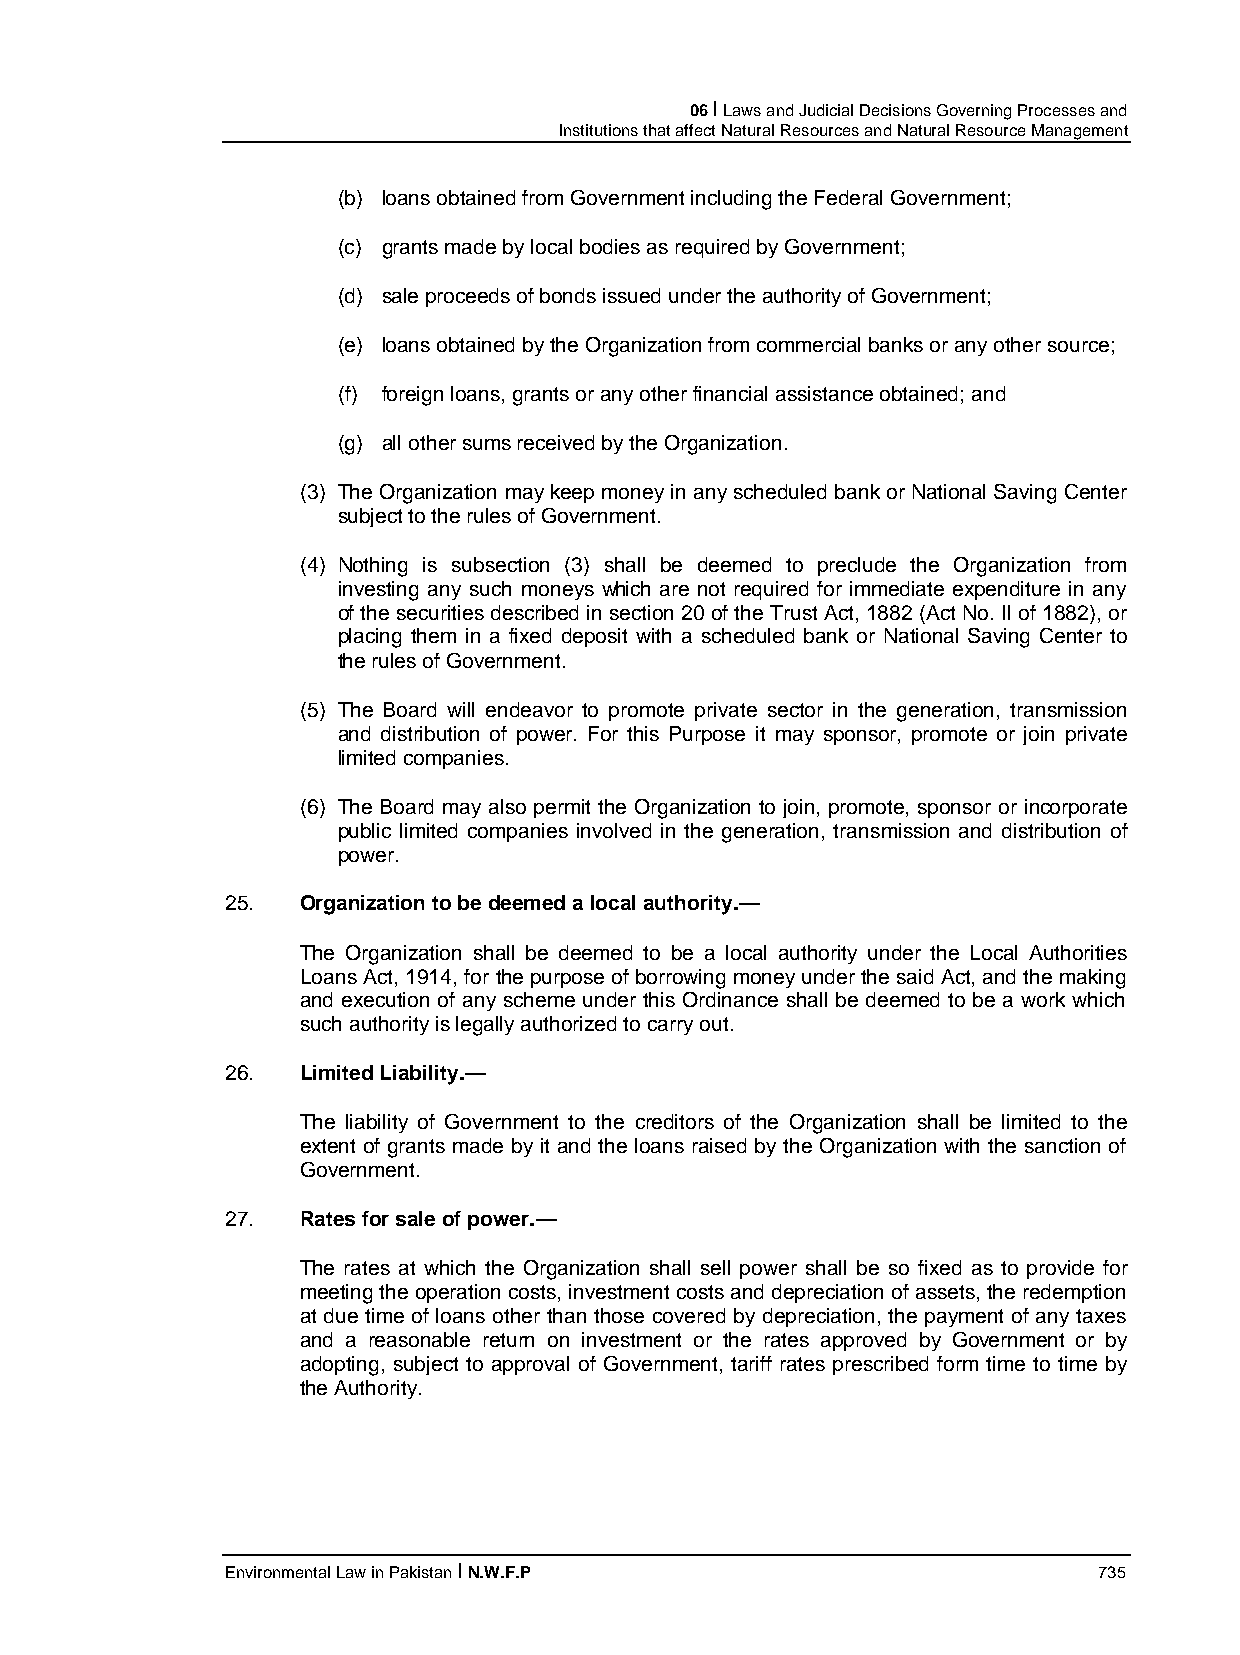
06 I Laws and Judicial Decisions Governing Processes and
 Institutions that affect Natural Resources and Natural Resource Management
 (b) loans obtained from Government including the Federal Government;
 (c) grants made by local bodies as required by Government;
 (d) sale proceeds of bonds issued under the authority of Government;
 (e) loans obtained by the Organization from commercial banks or any other source;
 (f) foreign loans, grants or any other financial assistance obtained; and
 (g) all other sums received by the Organization.
 (3) The Organization may keep money in any scheduled bank or National Saving Center
 subject to the rules of Government.
 (4) Nothing is subsection (3) shall be deemed to preclude the Organization from
 investing any such moneys which are not required for immediate expenditure in any
 of the securities described in section 20 of the Trust Act, 1882 (Act No. II of 1882), or
 placing them in a fixed deposit with a scheduled bank or National Saving Center to
 the rules of Government.
 (5) The Board will endeavor to promote private sector in the generation, transmission
 and distribution of power. For this Purpose it may sponsor, promote or join private
 limited companies.
 (6) The Board may also permit the Organization to join, promote, sponsor or incorporate
 public limited companies involved in the generation, transmission and distribution of
 power.
 25.  Organization to be deemed a local authority.—
 The Organization shall be deemed to be a local authority under the Local Authorities
 Loans Act, 1914, for the purpose of borrowing money under the said Act, and the making
 and execution of any scheme under this Ordinance shall be deemed to be a work which
 such authority is legally authorized to carry out.
 26.  Limited Liability.—
 The liability of Government to the creditors of the Organization shall be limited to the
 extent of grants made by it and the loans raised by the Organization with the sanction of
 Government.
 27.  Rates for sale of power.—
 The rates at which the Organization shall sell power shall be so fixed as to provide for
 meeting the operation costs, investment costs and depreciation of assets, the redemption
 at due time of loans other than those covered by depreciation, the payment of any taxes
 and a reasonable return on investment or the rates approved by Government or by
 adopting, subject to approval of Government, tariff rates prescribed form time to time by
 the Authority.
 Environmental Law in Pakistan I N.W.F.P                   735